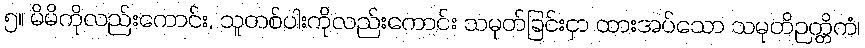
၅။ မိမိကိုလည်းကောင်း, သူတစ်ပါးကိုလည်းကောင်း သမုတ်ခြင်းငှာ ထားအပ်သော သမုတိဉတ္တိကံ၊